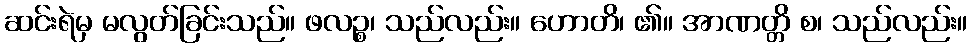
ဆင်းရဲမှ မလွတ်ခြင်းသည်။ ဖလဉ္စ၊ သည်လည်း။ ဟောတိ၊ ၏။ အာဏတ္တိ စ၊ သည်လည်း။